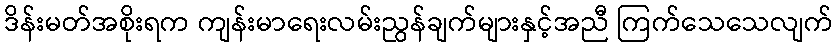
ဒိန်းမတ်အစိုးရက ကျန်းမာရေးလမ်းညွန်ချက်များနှင့်အညီ ကြက်သေသေလျက်